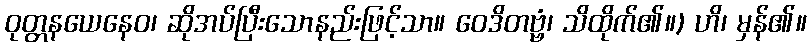
ဝုတ္တနယေနေဝ၊ ဆိုအပ်ပြီးသောနည်းဖြင့်သာ။ ဝေဒိတဗ္ဗံ၊ သိထိုက်၏။) ဟိ၊ မှန်၏။